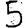
Digit: 5